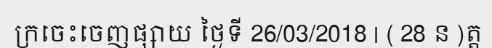
ក្រចេះចេញផ្សាយ ថ្ងៃទី 26/03/2018 | ( 28 ន )ត្ត